Annual statistical returns and brief notes on vaccination in Bengal - 1909-1929
Year: 1909
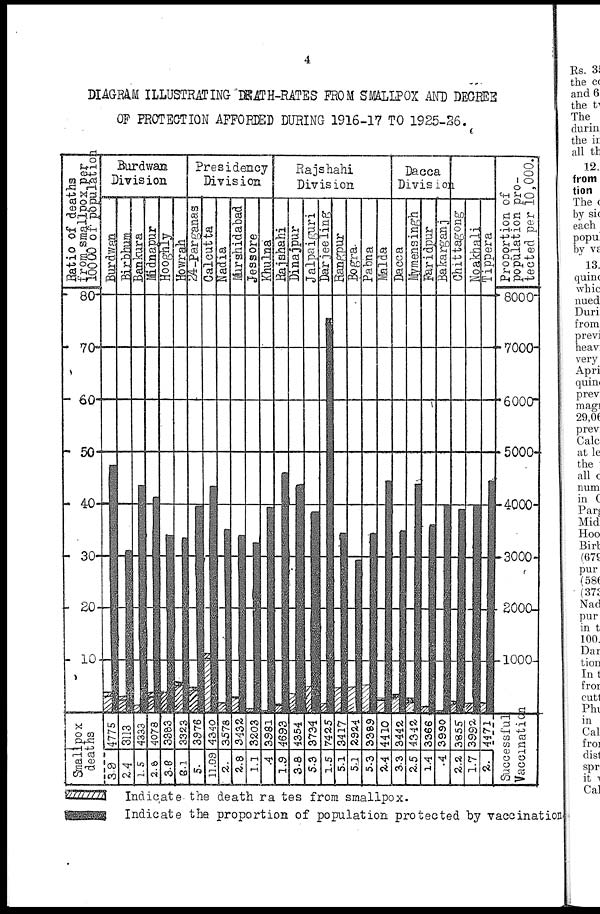
4
DIAGRAM ILLUSTRATING DEATH-RATES FROM SMALLPOX AND DEGREE
OF PROTECTION AFFORDED DURING 1916-17 TO 1925-26.